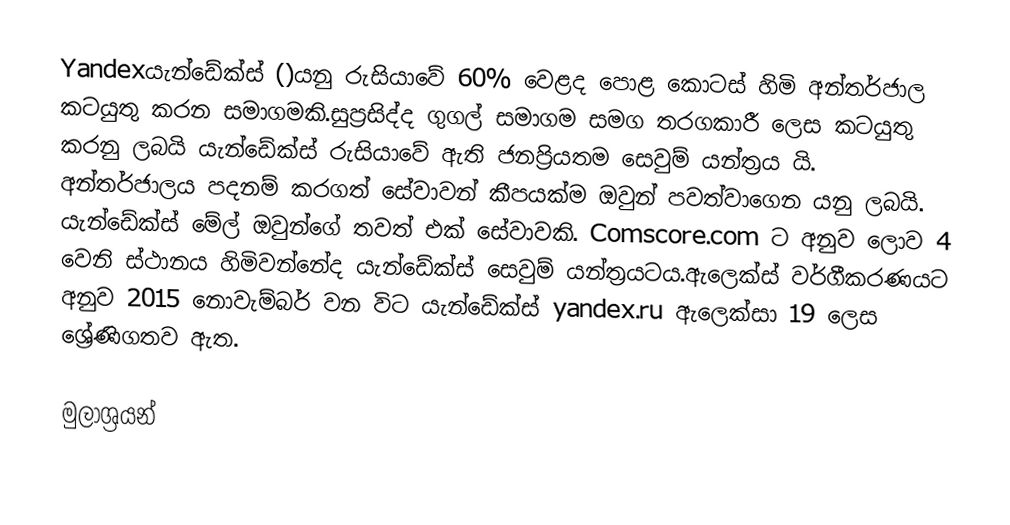
Yandexයැන්ඩේක්ස් ()යනු රුසියාවේ 60% වෙළද පොළ කොටස් හිමි අන්තර්ජාල කටයුතු කරන සමාගමකි.සුප්‍රසිද්ද ගුගල් සමාගම සමග තරගකාරී ලෙස කටයුතු කරනු ලබයි යැන්ඩේක්ස් රුසියාවේ ඇති ජනප්‍රියතම සෙවුම් යන්ත්‍රය යි. අන්තර්ජාලය පදනම් කරගත් සේවාවන් කීපයක්ම ඔවුන් පවත්වාගෙන යනු ලබයි. යැන්ඩේක්ස් මේල් ඔවුන්ගේ තවත් එක් සේවාවකි. Comscore.com ට අනුව ලොව 4 වෙනි ස්ථානය හිමිවන්නේද යැන්ඩේක්ස් සෙවුම් යන්ත්‍රයටය.ඇලෙක්ස් වර්ගීකරණයට අනුව 2015 නොවැම්බර් වන විට යැන්ඩේක්ස්  yandex.ru ඇලෙක්සා 19 ලෙස ශ්‍රේණිගතව  ඇත.

මුලාශ්‍රයන්